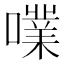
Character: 𡁖